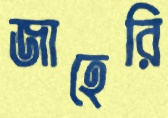
জাহেরি